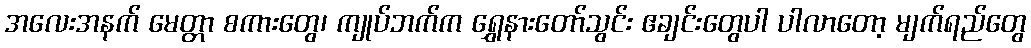
အလေးအနက် မေတ္တာ စကားတွေ၊ ကျုပ်ဘက်က ရွှေနားတော်သွင်း ဧချင်းတွေပါ ပါလာတော့ မျက်ရည်တွေ